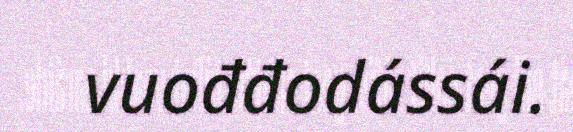
vuođđodássái.